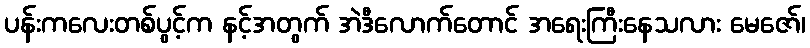
ပန်းကလေးတစ်ပွင့်က နင့်အတွက် အဲဒီလောက်တောင် အရေးကြီးနေသလား မေဇော်၊